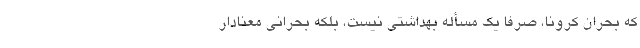
که بحرانِ کرونا، صرفاً یک مسأله بهداشتی نیست، بلکه بحرانی معنادار